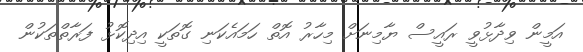
އަމީން ވިދާޅުވީ ރައީސް ޔާމިނަށް މިހާރު އޮތް ހަމައެކަނި ގޮތަކީ އިދިކޮޅު ފަރާތްތަކުން